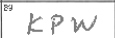
Transcription: KPW